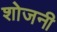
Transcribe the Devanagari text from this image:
शोजनी